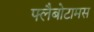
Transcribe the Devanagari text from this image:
फ्लैबोटामस